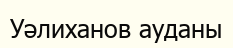
Уәлиханов ауданы